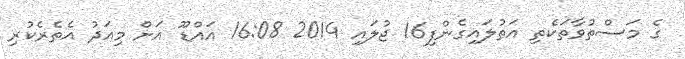
ގެ މަސްތުވާތަކެތި އަތުލައިގެންފި16 ޖުލައި 2014 16:08 އައްޑޫ އަށް މިއަދު އެތެރެކުރި